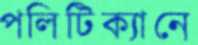
পলিটিক্যানে